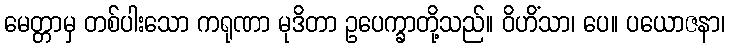
မေတ္တာမှ တစ်ပါးသော ကရုဏာ မုဒိတာ ဥပေက္ခာတို့သည်။ ဝိဟိံသာ၊ ပေ။ ပယောဇနာ၊